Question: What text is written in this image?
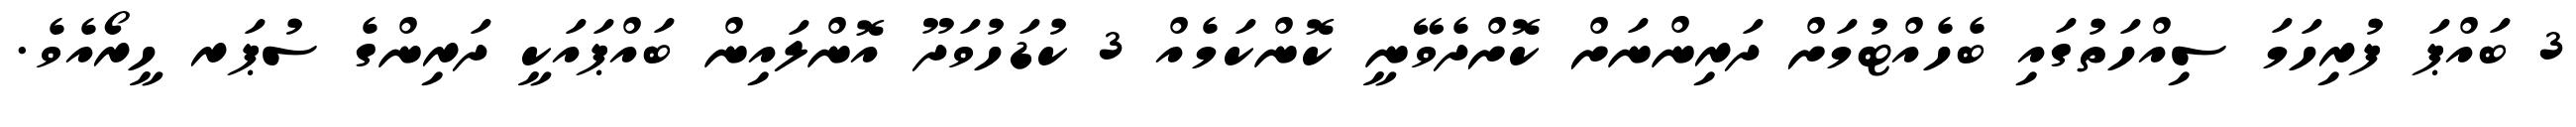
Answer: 3 ބައްޕަ ފުރިހަމަ ސިއްހަތުގައި ބެހެއްޓުމަށް ދަރިންނަށް ކޮށްދެވޭނީ ކޮންކަމެއް 3 ކުޑަހުވަދޫ އޮންލައިން ބައްޕައަކީ ދަރިންގެ ސުޕަރ ހީރޯއެވެ.